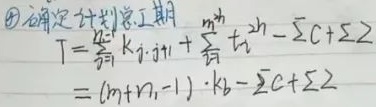
确定计划总工期
\[
\begin{align*}
T&=\sum_{i = 1}^{m - 1}k_{i,i + 1}+\sum_{j = 1}^{n - 1}t_{j}^{2h}-\sum C+\sum Z\\
&=(m + n_1-1)\cdot k_b-\sum C+\sum Z
\end{align*}
\]